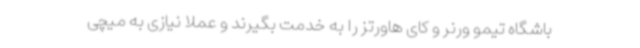
باشگاه تیمو ورنر و کای هاورتز را به خدمت بگیرند و عملا نیازی به میچی